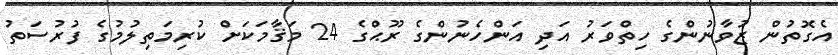
އެގޮތުން ޒުވާނުންގެ ހިތްވަރު އަދި އަންހެނުންގެ ރޫޙްގެ 24 މަޤާމަކަށް ކުރިމަތިލުމުގެ ފުރުސަތު